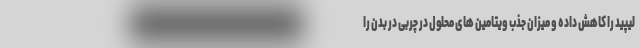
لیپید را کاهش داده و میزان جذب ویتامین های محلول در چربی در بدن را